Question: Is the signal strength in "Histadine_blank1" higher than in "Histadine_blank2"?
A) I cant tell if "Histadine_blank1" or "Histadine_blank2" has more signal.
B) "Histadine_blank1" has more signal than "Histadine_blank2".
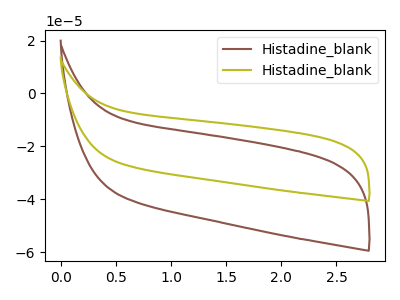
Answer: <think>The brown curve "Histadine_blank1" has no peaks. The olive curve "Histadine_blank2" has no peaks.
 Neither "Histadine_blank1" or "Histadine_blank2" have any peaks.</think>
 <answer>A) I cant tell if "Histadine_blank1" or "Histadine_blank2" has more signal.</answer>
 <eval>A</eval>